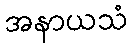
အနာယသံ